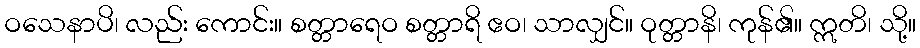
ဝသေနာပိ၊ လည်း ကောင်း။ စတ္တာရေဝ စတ္တာရိ ဧဝ၊ သာလျှင်။ ဝုတ္တာနိ၊ ကုန်၏။ ဣတိ၊ သို့။